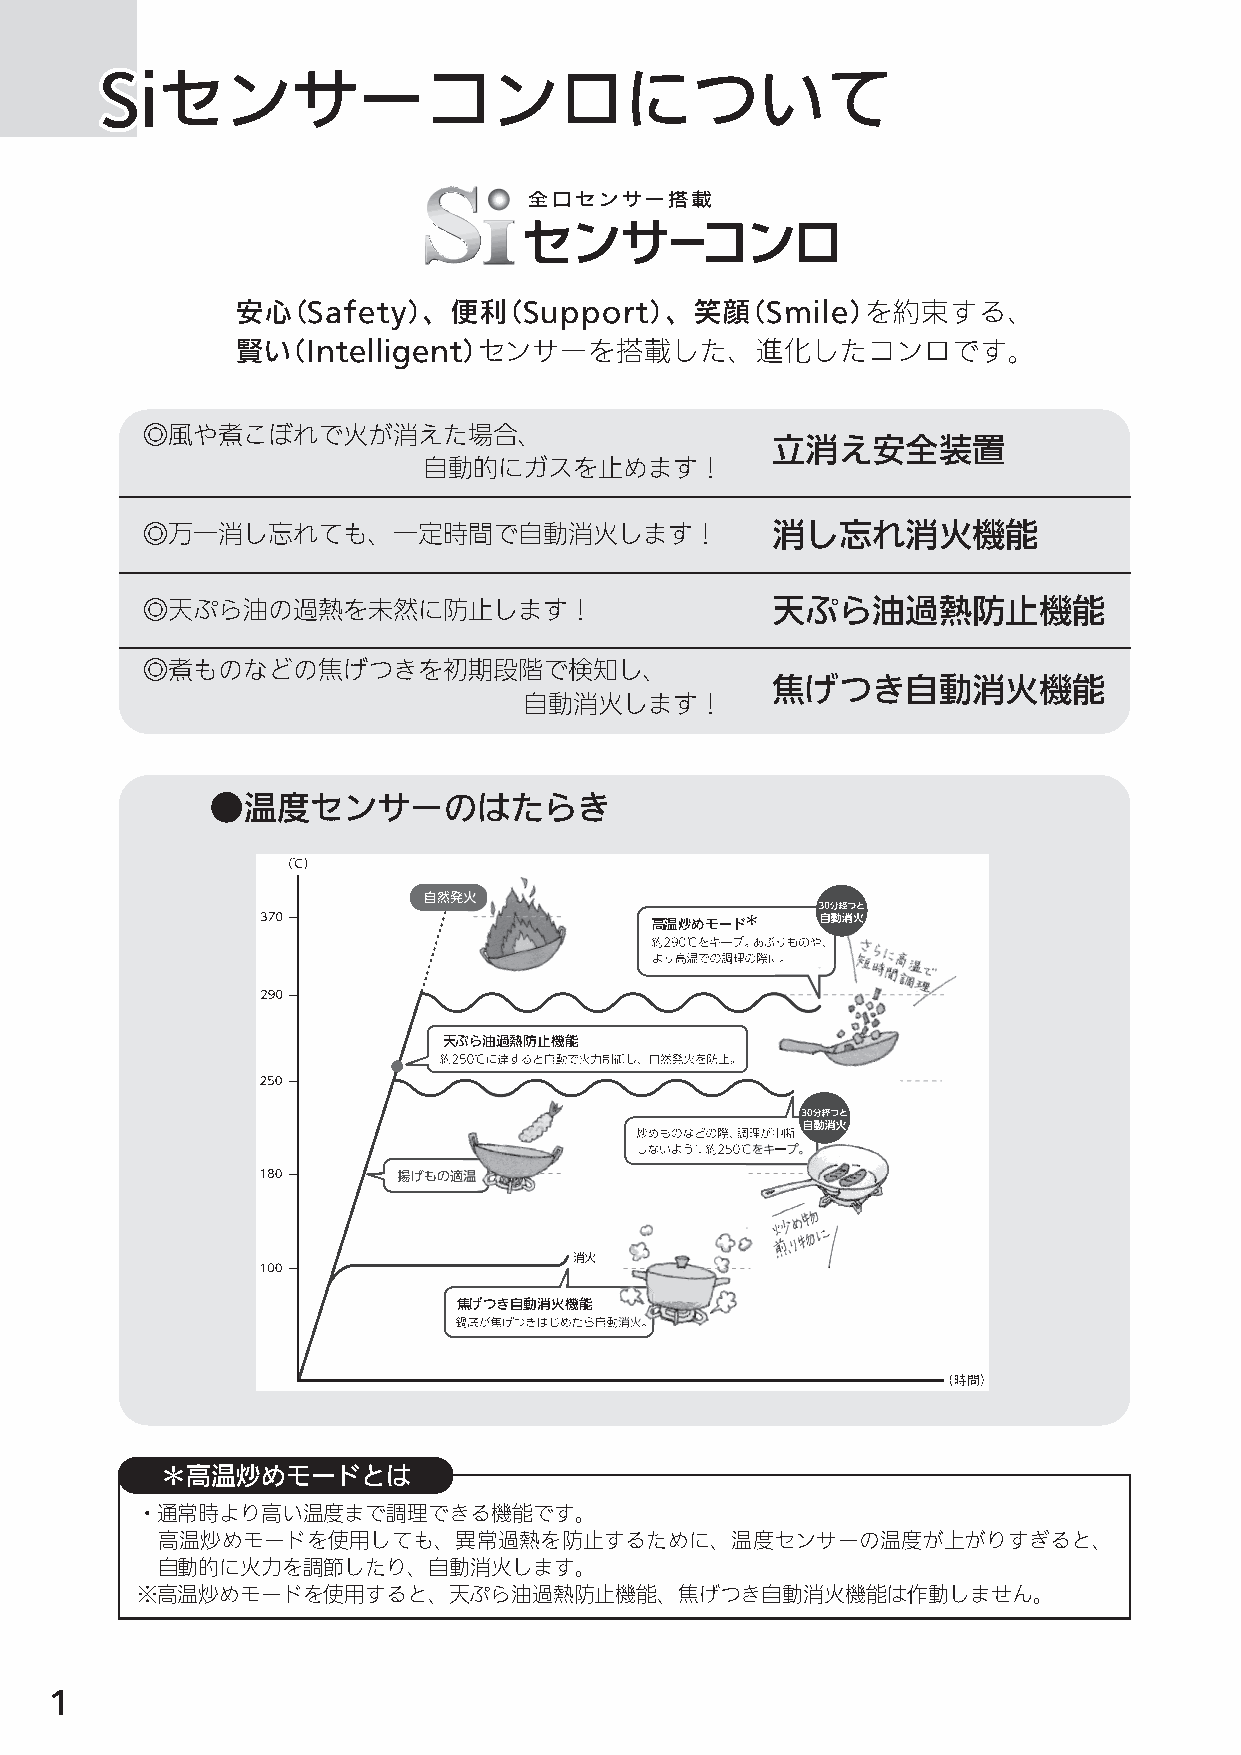
SSSiiiセセセンンンサササーーーコココンンンロロロにににつつついいいててて
 安心（Safety）、便利（Support）、笑顔（Smile）を約束する、
 賢い（Intelligent）センサーを搭載した、進化したコンロです。
 ◎風や煮こぼれで火が消えた場合、
 立消え安全装置
 自動的にガスを止めます！
 ◎万一消し忘れても、一定時間で自動消火します！                   消し忘れ消火機能
 ◎天ぷら油の過熱を未然に防止します！                        天ぷら油過熱防止機能
 ◎煮ものなどの焦げつきを初期段階で検知し、
 焦げつき自動消火機能
 自動消火します！
 ●温度センサーのはたらき
 高温炒めモード＊
 天ぷら油過熱防止機能
 焦げつき自動消火機能
 ＊高温炒めモードとは
 ・通常時より高い温度まで調理できる機能です。
 高温炒めモードを使用しても、異常過熱を防止するために、温度センサーの温度が上がりすぎると、
 自動的に火力を調節したり、自動消火します。
 ※高温炒めモードを使用すると、天ぷら油過熱防止機能、焦げつき自動消火機能は作動しません。
 1
 N3GN2RJT_取説_NR.indd 1                                                    2014/01/21 8:50:25